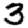
Digit: 3